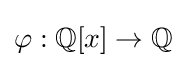
\varphi :\mathbb {Q} [x]\to \mathbb {Q}